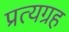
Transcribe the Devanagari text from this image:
प्रत्यग्रह